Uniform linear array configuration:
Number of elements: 48
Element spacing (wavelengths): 0.75
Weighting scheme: binomial
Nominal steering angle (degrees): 0
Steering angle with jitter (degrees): -1.963
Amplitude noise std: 0.05
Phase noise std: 0.05

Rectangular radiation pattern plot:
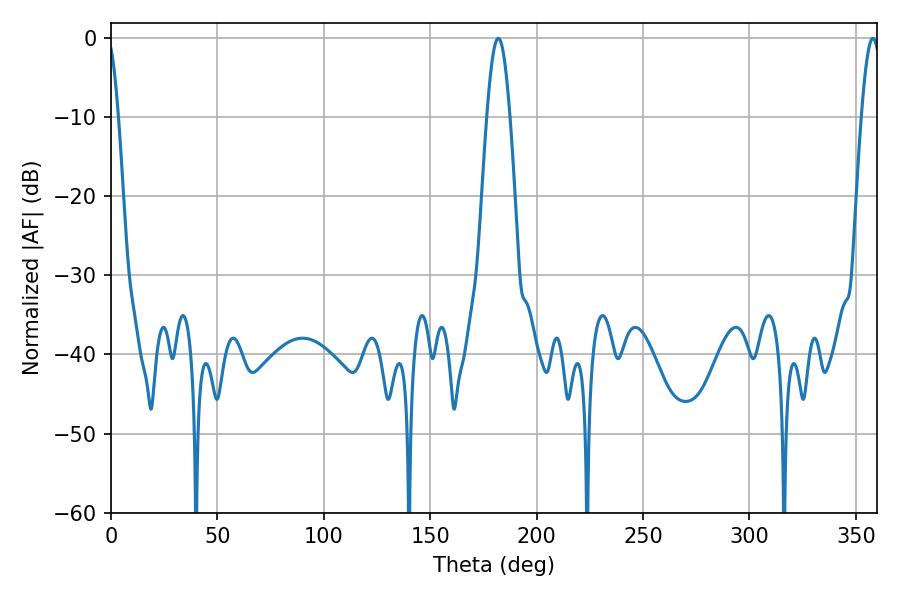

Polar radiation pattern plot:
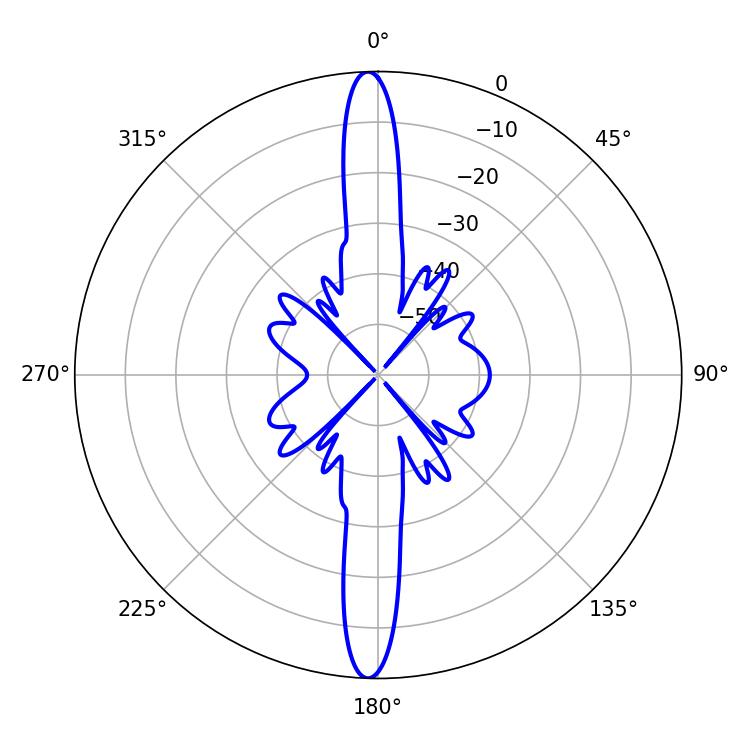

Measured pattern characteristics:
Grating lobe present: TRUE
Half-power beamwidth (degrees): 5.76
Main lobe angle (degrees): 181.98